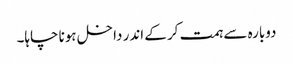
دوبارہ سے ہمت کر کے اندر داخل ہونا چاہا۔